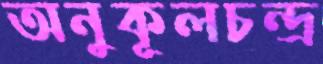
অনুকূলচন্দ্র